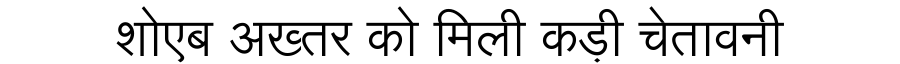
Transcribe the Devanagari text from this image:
शोएब अख्तर को मिली कड़ी चेतावनी